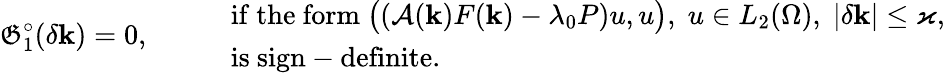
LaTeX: \mathfrak{G}_{1}^{\circ}(\delta\mathbf{k})=0,\qquad\begin{array}{rl}&{\mathrm{if~the~form~}\bigl((\mathcal{A}(\mathbf{k})F(\mathbf{k})-\lambda_{0}P)u,u\bigr),\; u\in L_{2}(\Omega),\; |\delta\mathbf{k}|\le\varkappa,}\\ &{\mathrm{is~sign-definite.}}\end{array}